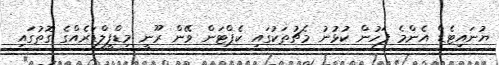
ޔުނައިޓެޑް އެންމެ ފަހުން ކުޅުނު މެޗުތަކުގައި ކެޕްޓަން ވޭން ރޫނީ މިޑްފީލްޑަރެއްގެ ގޮތުގައި